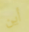
أين